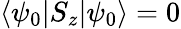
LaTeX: \langle\psi_{0}\vert S_{z}\vert\psi_{0}\rangle=0